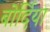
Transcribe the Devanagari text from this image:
बोर्दिया